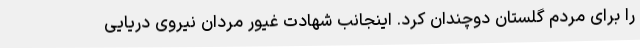
را برای مردم گلستان دوچندان کرد. اینجانب شهادت غیور مردان نیروی دریایی